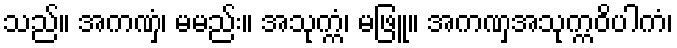
သည်။ အကဏှံ၊ မမည်း။ အသုက္ကံ၊ မဖြူ။ အကဏှအသုက္ကဝိပါကံ၊